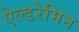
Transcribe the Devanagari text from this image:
ऐल्डरेमिन